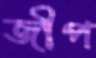
জীপ